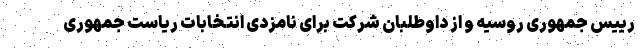
رییس جمهوری روسیه و از داوطلبان شرکت برای نامزدی انتخابات ریاست جمهوری